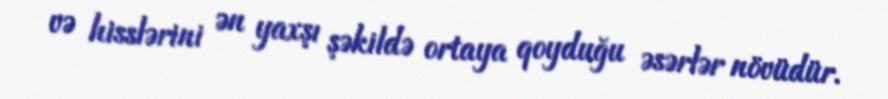
və hisslərini ən yaxşı şəkildə ortaya qoyduğu əsərlər növüdür.